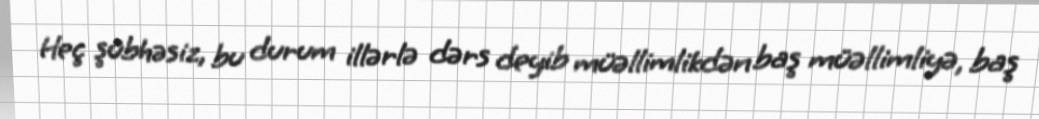
Heç şübhəsiz, bu durum illərlə dərs deyib müəllimlikdən baş müəllimliyə, baş